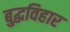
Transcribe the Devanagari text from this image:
बुद्धविहार